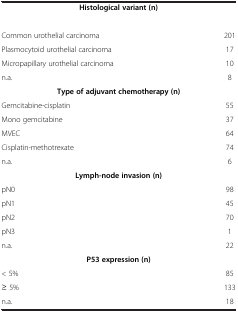
<table><thead><tr><td><b> </b></td><td><b> </b></td></tr></thead><tbody><tr><td colspan="2"><b>Histological variant (n)</b></td></tr><tr><td> </td><td> </td></tr><tr><td>Common urothelial carcinoma</td><td>201</td></tr><tr><td>Plasmocytoid urothelial carcinoma</td><td>17</td></tr><tr><td>Micropapillary urothelial carcinoma</td><td>10</td></tr><tr><td>n.a.</td><td>8</td></tr><tr><td colspan="2"><b>Type of adjuvant chemotherapy (n)</b></td></tr><tr><td>Gemcitabine-cisplatin</td><td>55</td></tr><tr><td>Mono gemcitabine</td><td>37</td></tr><tr><td>MVEC</td><td>64</td></tr><tr><td>Cisplatin-methotrexate</td><td>74</td></tr><tr><td>n.a.</td><td>6</td></tr><tr><td colspan="2"><b>Lymph-node invasion (n)</b></td></tr><tr><td>pN0</td><td>98</td></tr><tr><td>pN1</td><td>45</td></tr><tr><td>pN2</td><td>70</td></tr><tr><td>pN3</td><td>1</td></tr><tr><td>n.a.</td><td>22</td></tr><tr><td colspan="2"><b>P53 expression (n)</b></td></tr><tr><td>&lt; 5%</td><td>85</td></tr><tr><td>≥ 5%</td><td>133</td></tr><tr><td>n.a.</td><td>18</td></tr></tbody></table>